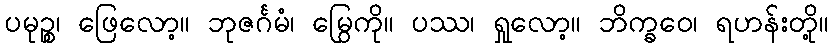
ပမုဉ္စ၊ ဖြေလော့။ ဘုဇင်္ဂမံ၊ မြွေကို။ ပဿ၊ ရှုလော့။ ဘိက္ခဝေ၊ ရဟန်းတို့။